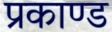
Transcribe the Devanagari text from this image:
प्रकाण्‍ड